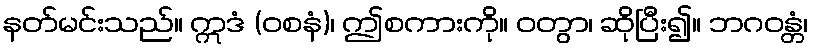
နတ်မင်းသည်။ ဣဒံ (ဝစနံ)၊ ဤစကားကို။ ဝတွာ၊ ဆိုပြီး၍။ ဘဂဝန္တံ၊